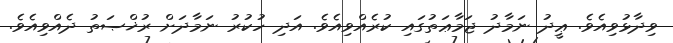
ވިދާޅުވިއެވެ. ޢީދު ނަމާދު ޖަމާޢަތުގައި ކުރެއްވިއެވެ. އަދި ހުކުރު ނަމާދަށް ރުޚްޞަތު ދެއްވިއެވެ.